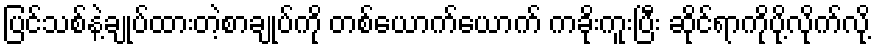
ပြင်သစ်နဲ့ချုပ်ထားတဲ့စာချုပ်ကို တစ်ယောက်ယောက် ကခိုးကူးပြီး ဆိုင်ရာကိုပို့လိုက်လို့